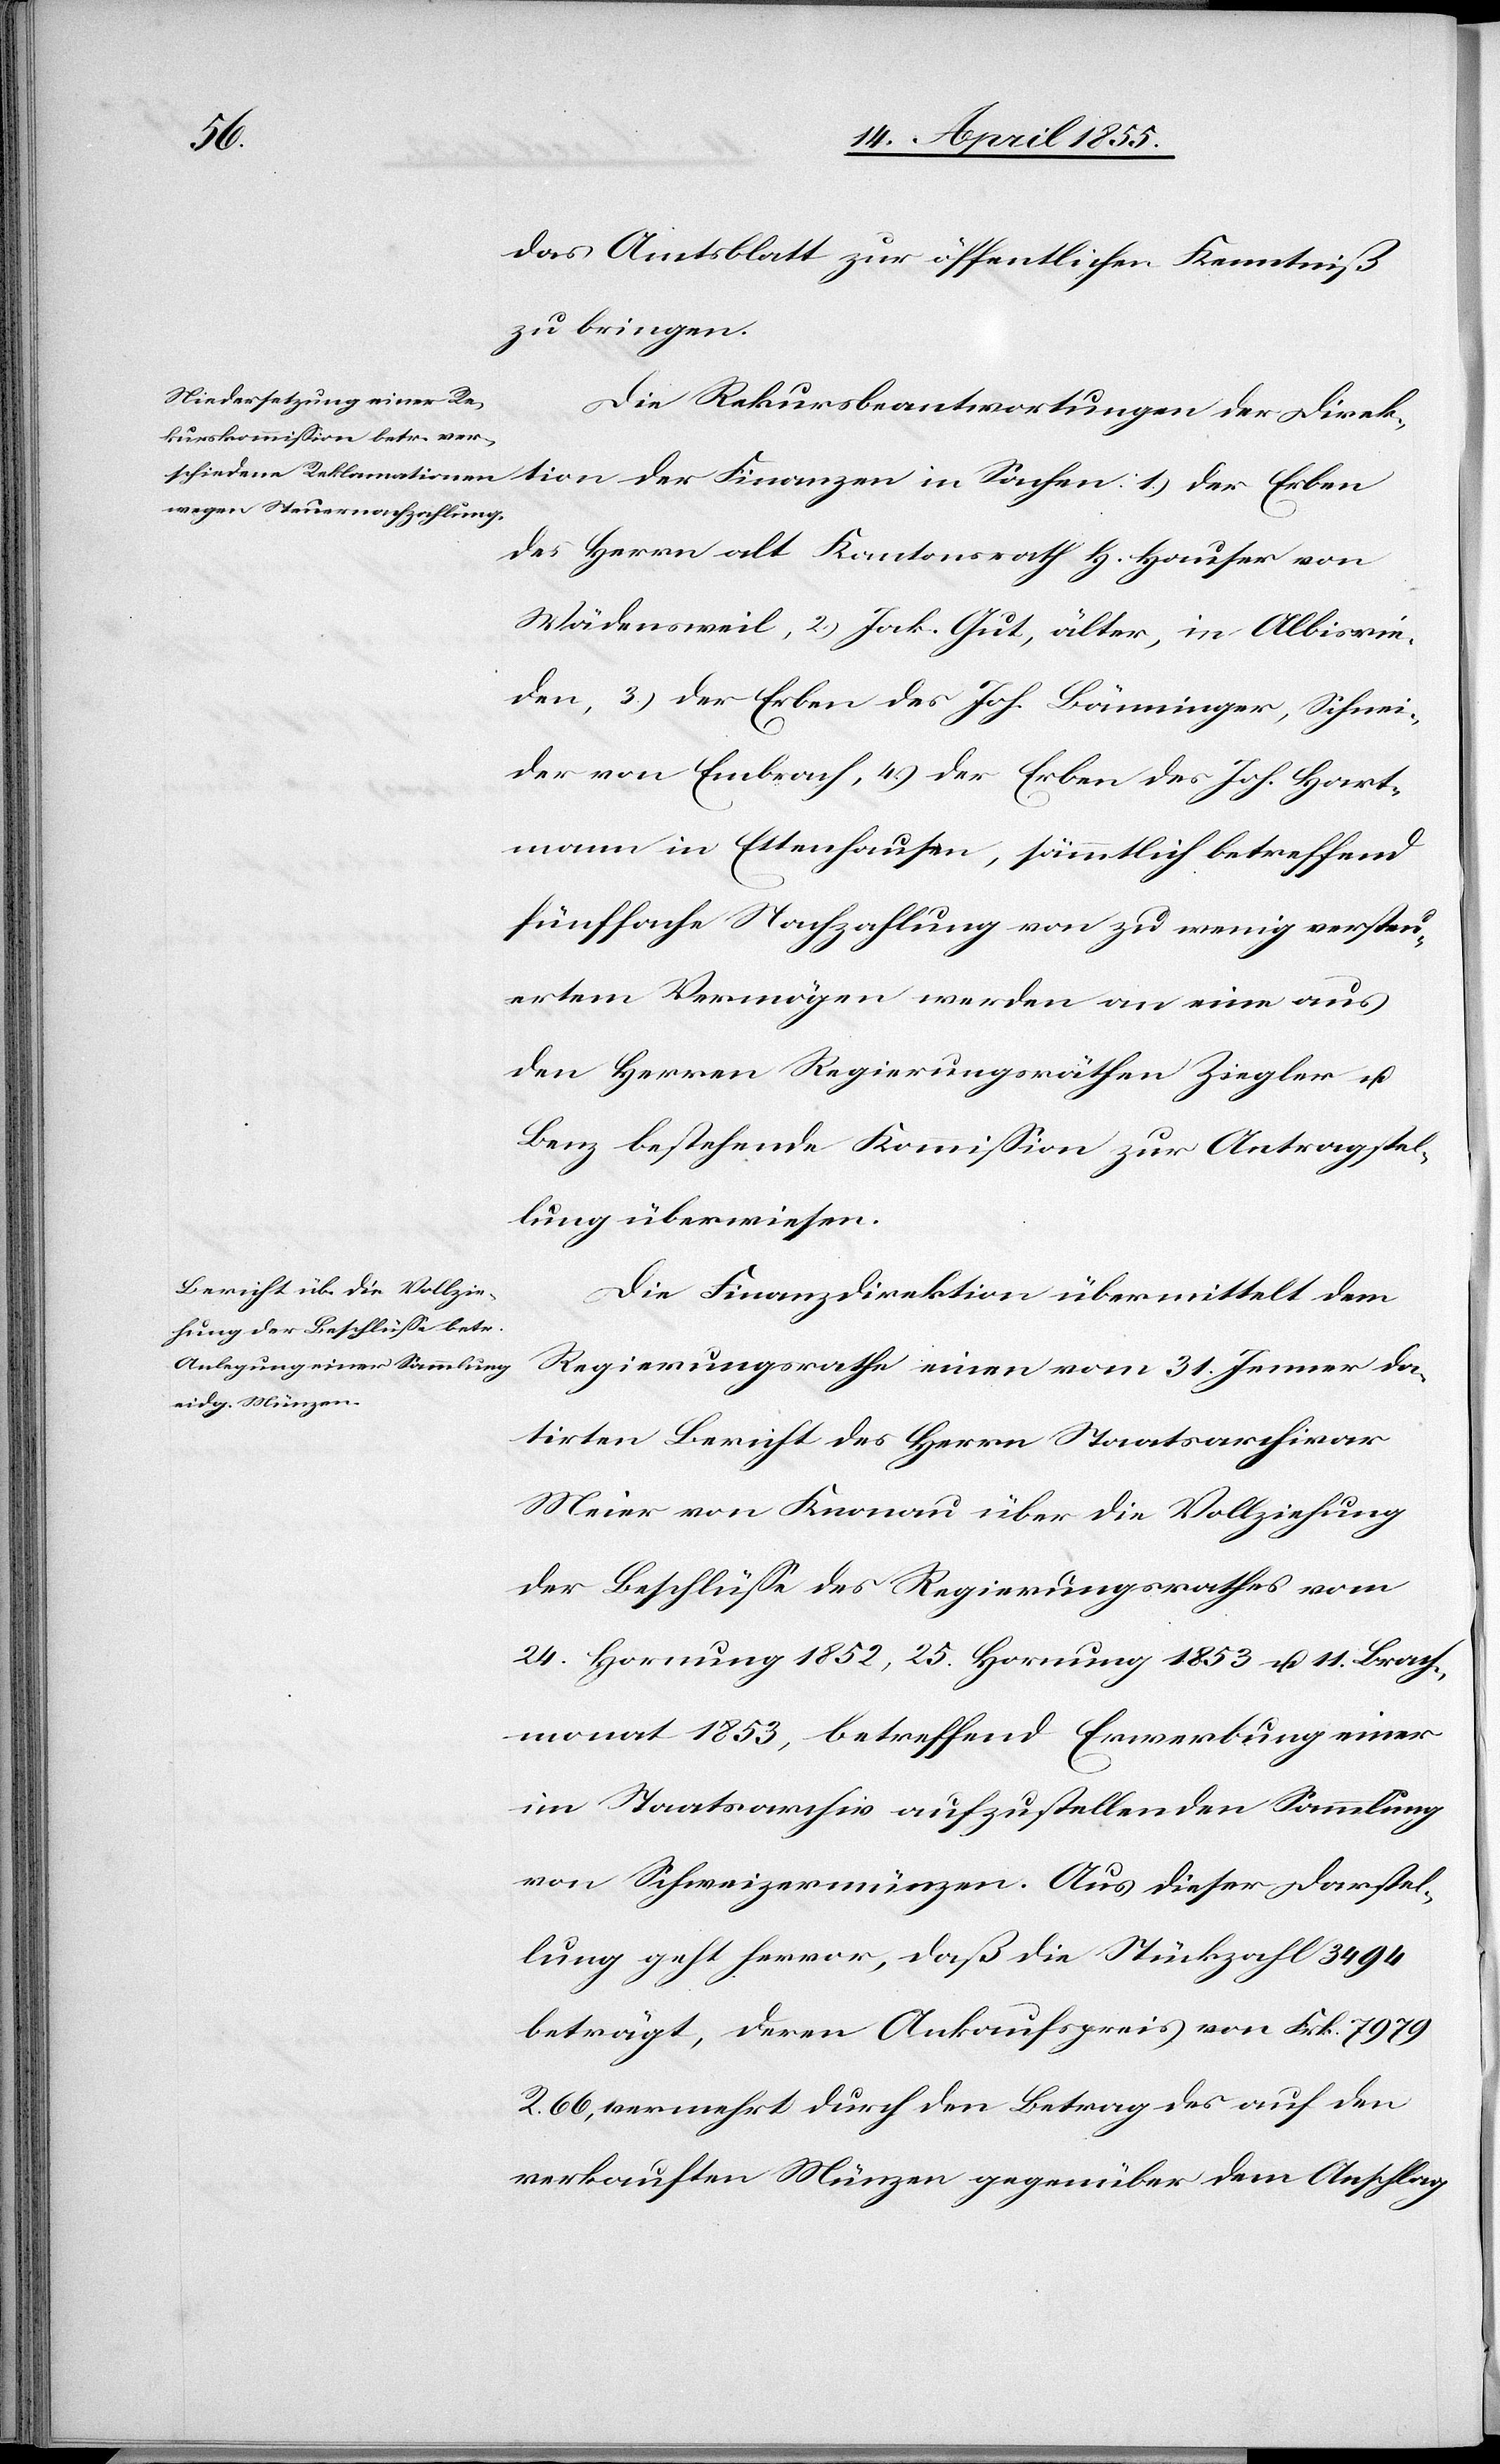
das Amtsblatt zur öffentlichen Kenntniß
zu bringen.
Die Rekursbeantwortungen der Direk¬
tion der Finanzen in Sachen: 1.) der Erben
des Herrn alt Kantonsrath H. Hauser von
Wädensweil, 2) Jak. Gut, älter, in Albisrie¬
den, 3) der Erben des Joh. Bänninger, Schnei¬
der von Embrach, 4.) der Erben des Joh. Hart¬
mann in Ettenhausen, sämmtlich betreffend
fünffache Nachzahlung von zu wenig versteu¬
ertem Vermögen werden an eine aus
den Herren Regierungsräthen Ziegler u.
Benz bestehende Kommission zur Antragstel¬
lung überwiesen.
Die Finanzdirektion übermittelt dem
Regierungsrathe einen vom 31. Jenner da¬
tirten Bericht des Herrn Staatsarchivar
Meier von Knonau über die Vollziehung
der Beschlüsse des Regierungsrathes vom
24. Hornung 1852, 25. Hornung 1853 u. 11. Brach¬
monat 1853, betreffend Erwerbung einer
im Staatsarchiv aufzustellenden Sammlung
von Schweizermünzen. Aus dieser Darstel¬
lung geht hervor, daß die Stückzahl 3494
beträgt, deren Ankaufspreis von Frk. 7979
R. 66, vermehrt durch den Betrag des auf den
verkauften Münzen gegenüber dem Anschlag